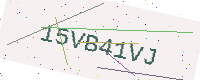
Text: 15VB41VJ